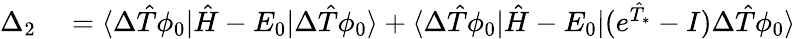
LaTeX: \begin{array}{rl}{\Delta_{2}}&{{}=\langle\Delta\hat{T}\phi_{0}|\hat{H}-E_{0}|\Delta\hat{T}\phi_{0}\rangle+\langle\Delta\hat{T}\phi_{0}|\hat{H}-E_{0}|(e^{\hat{T}_{*}}-I)\Delta\hat{T}\phi_{0}\rangle}\end{array}